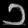
Digit: ၁